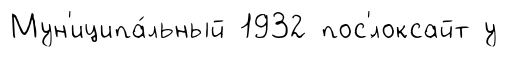
Мун'иципа́льный 1932 пос'́локсайт у